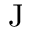
\mathrm { J }